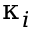
\upkappa _ { i }